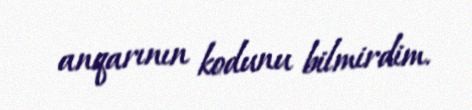
anqarının kodunu bilmirdim.